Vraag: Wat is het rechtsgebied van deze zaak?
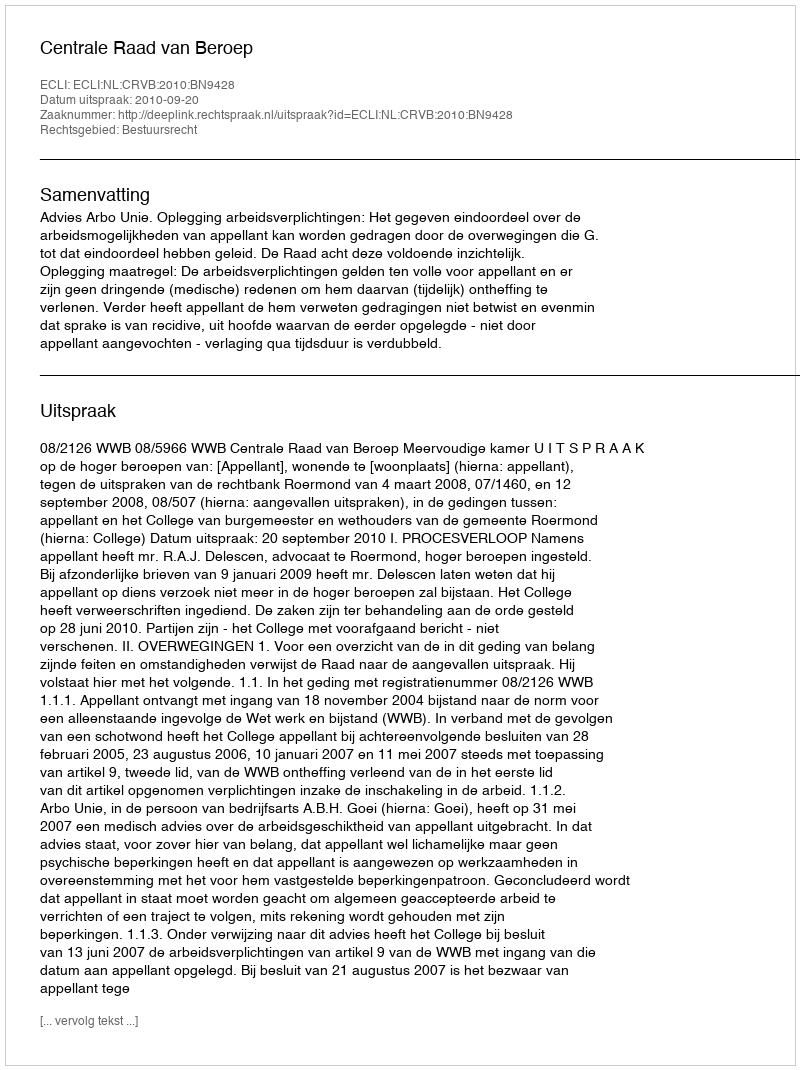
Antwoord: Bestuursrecht